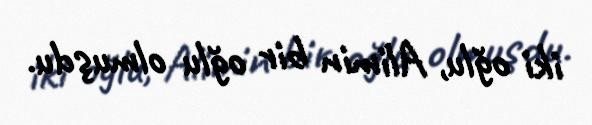
iki oğlu, Alimin bir oğlu olmuşdu.